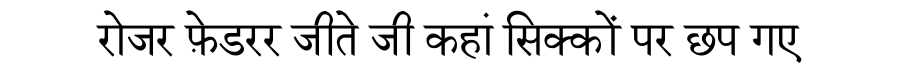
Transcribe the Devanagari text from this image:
रोजर फ़ेडरर जीते जी कहां सिक्कों पर छप गए